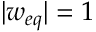
| w _ { e q } | = 1